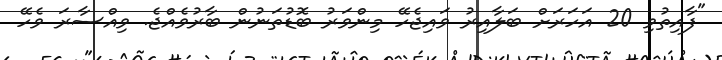
"ފާއިތުވި 20 އަހަރަށް ބަލާއިރު ވައިޖެހޭ މިންވަރު ބޮޑުތަނުން ބާރުވެއްޖެ. ވިއްސާރަ ވެހޭ